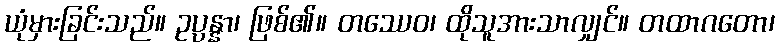
ယုံမှားခြင်းသည်။ ဥပ္ပန္နာ၊ ဖြစ်၏။ တဿေဝ၊ ထိုသူအားသာလျှင်။ တထာဂတော၊